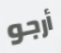
أرجو